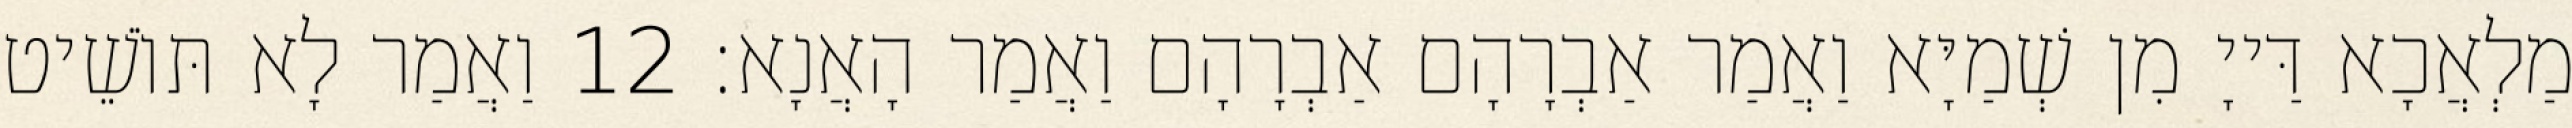
מַלְאֲכָא דַּייָ מִן שְׁמַיָּא וַאֲמַר אַבְרָהָם אַבְרָהָם וַאֲמַר הָאֲנָא׃ 12 וַאֲמַר לָא תּוֹשֵׁיט